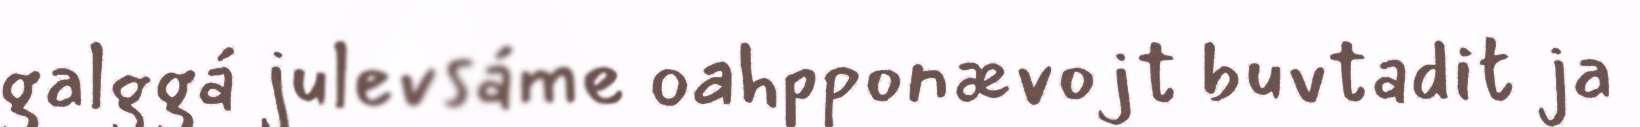
galggá julevsáme oahpponævojt buvtadit ja